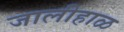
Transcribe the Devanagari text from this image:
जालीहाळ